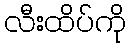
လီးထိပ်ကို